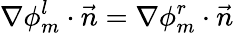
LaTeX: \nabla\phi_{m}^{l}\cdot\vec{n}=\nabla\phi_{m}^{r}\cdot\vec{n}